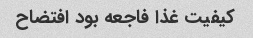
کیفیت غذا فاجعه بود افتضاح